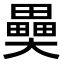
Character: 𤳦